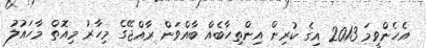
އެހެންވީމަ 2013 އިގެ ކުރިން އިންތިހާބެއް ބާއްވަން ރާއްޖޭގެ މިހާރު މިއޮތް މާހައުލު